Civil Veterinary Department Bihar & Orissa reports 1929-36 - 1929-1936
Year: 1929
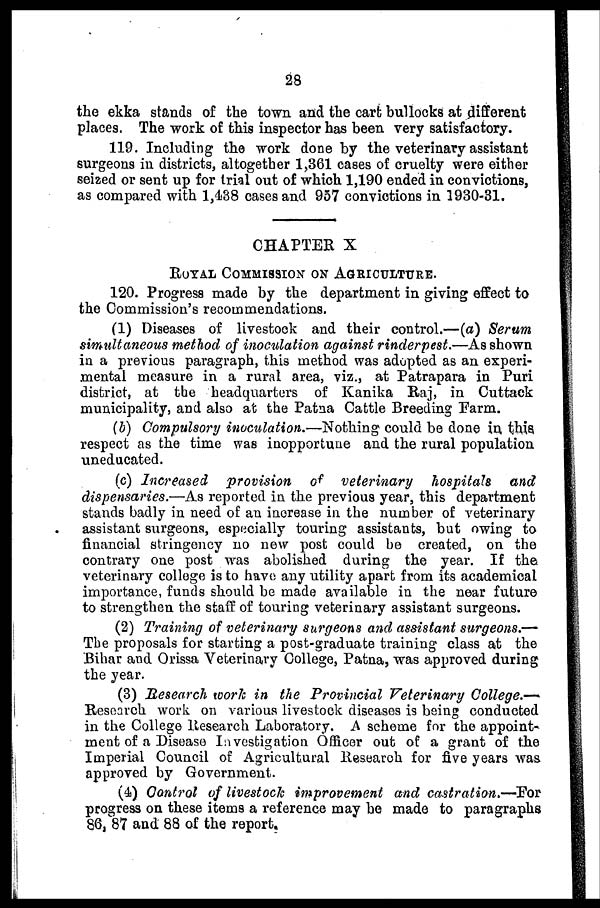
28
the ekka stands of the town and the cart bullocks at different
places. The work of this inspector has been very satisfactory.
119. Including the work done by the veterinary assistant
surgeons in districts, altogether 1,361 cases of cruelty were either
seized or sent up for trial out of which 1,190 ended in convictions,
as compared with 1,438 cases and 957 convictions in 1930-31.
CHAPTER X
ROYAL COMMISSION ON AGRICULTURE.
120. Progress made by the department in giving effect to
the Commission's recommendations.
(1) Diseases of livestock and their control.—(a) Serum
simultaneous method of inoculation against rinderpest.—As shown
in a previous paragraph, this method was adopted as an experi-
mental measure in a rural area, viz., at Patrapara in Puri
district, at the headquarters of Kanika Raj, in Cuttack
municipality, and also at the Patna Cattle Breeding Farm.
(b) Compulsory inoculation.—-Nothing could be done in this
respect as the time was inopportune and the rural population
uneducated.
(c) Increased
provision of veterinary
hospitals
and
dispensaries.—As reported in the previous year, this department
stands badly in need of an increase in the number of veterinary
assistant surgeons, especially touring assistants, but owing to
financial stringency no new post could be created, on the
contrary one post was abolished during the year. If the
veterinary college is to have any utility apart from its academical
importance, funds should be made available in the near future
to strengthen the staff of touring veterinary assistant surgeons.
(2) Training of veterinary surgeons and assistant surgeons.—
The proposals for starting a post-graduate training class at the
Bihar and Orissa Veterinary College, Patna, was approved during
the year.
(3) Research work in the Provincial Veterinary College.—
Research work on various livestock diseases is being conducted
in the College Research Laboratory. A scheme for the appoint-
ment of a Disease Investigation Officer out of a grant of the
Imperial Council of Agricultural Research for five years was
approved by Government.
(4) Control of livestock improvement and castration.—For
progress on these items a reference may he made to paragraphs
86, 87 and 88 of the report.